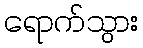
ရောက်သွား